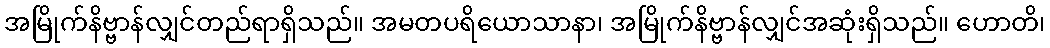
အမြိုက်နိဗ္ဗာန်လျှင်တည်ရာရှိသည်။ အမတပရိယောသာနာ၊ အမြိုက်နိဗ္ဗာန်လျှင်အဆုံးရှိသည်။ ဟောတိ၊